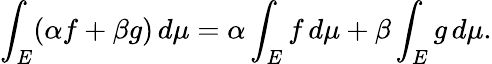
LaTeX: \int_{E}(\alpha f+\beta g)\, d\mu=\alpha\int_{E}f\, d\mu+\beta\int_{E}g\, d\mu.